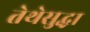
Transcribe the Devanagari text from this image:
तेथेसुद्धा